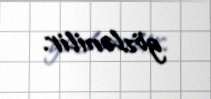
gözlənilir.